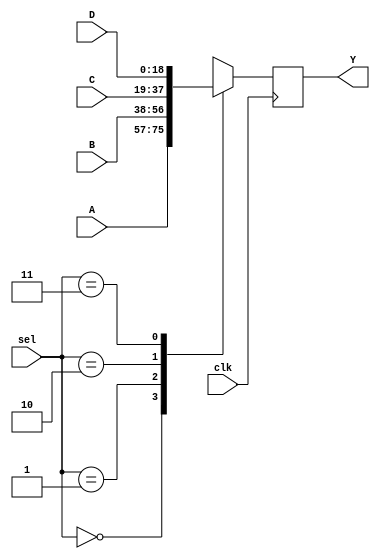
`timescale 1ns / 1ps
//////////////////////////////////////////////////////////////////////////////////
// Company: 
// Engineer: 
// 
// Design Name: 
// Module Name:    mux4 
// Project Name: 
// Target Devices: 
// Tool versions: 
// Description: 
//
// Dependencies: 
//
// Revision: 
// Revision 0.01 - File Created
// Additional Comments: 
//
//////////////////////////////////////////////////////////////////////////////////

module mux4 (clk, sel, A, B, C, D, Y);
	input clk;
	input [1:0] sel;

	input [18:0] A, B, C, D;
	output [18:0] Y;
	reg [18:0] y;

  always @(posedge clk) begin
		case(sel)
			2'b00: y <= A;
			2'b01: y <= B;
			2'b10: y <= C;
			2'b11: y <= D;
			default: y <= A;
		endcase	
	end
	
	assign Y = y;
endmodule